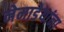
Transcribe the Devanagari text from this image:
नेमाडेयांना